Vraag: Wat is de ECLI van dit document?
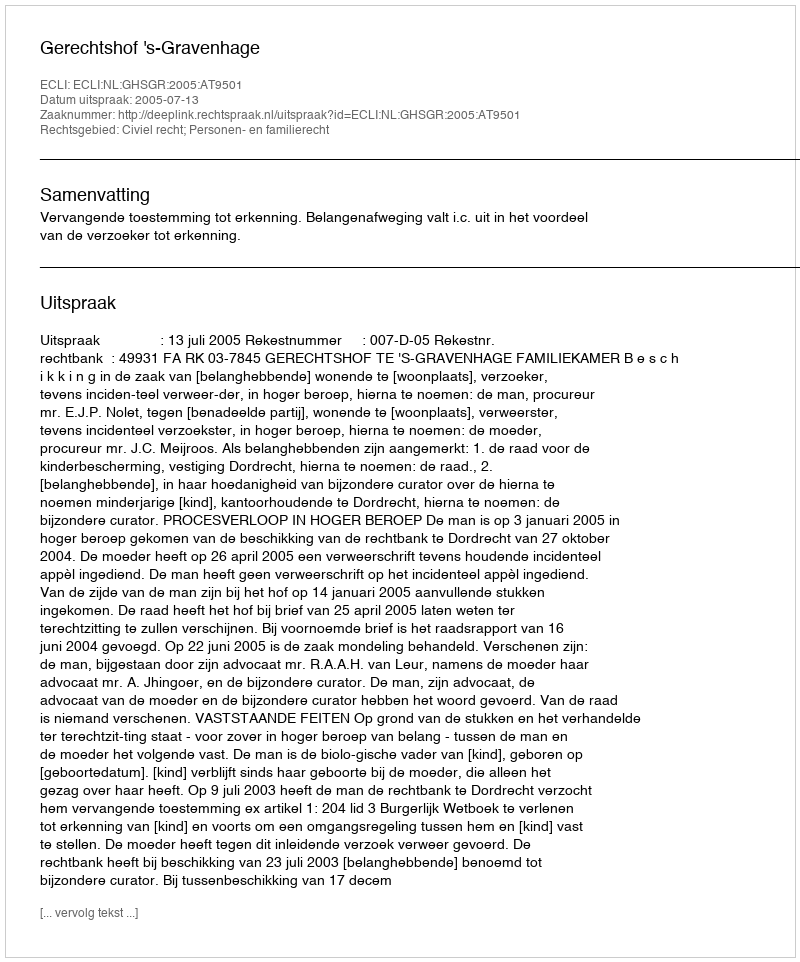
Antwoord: ECLI:NL:GHSGR:2005:AT9501